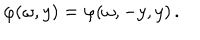
\varphi ( \omega , y ) = \varphi ( \omega , - y , y ) \, .